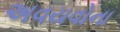
અવયવોના